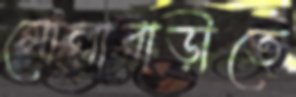
মোল্লাবাড়ীতে